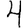
Digit: 4